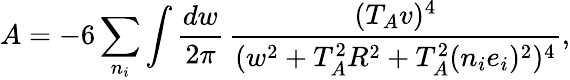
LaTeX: A=-6\sum_{n_{i}}\int\frac{dw}{2\pi}\, \frac{(T_{A}v)^{4}}{(w^{2}+T_{A}^{2}R^{2}+T_{A}^{2}(n_{i}e_{i})^{2})^{4}},